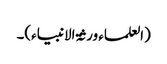
(العلماء ورثۃ الانبیاء)۔